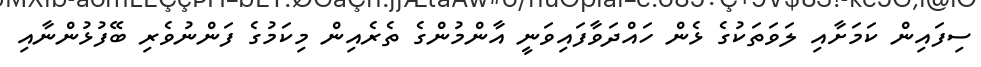
ސިފައިން ކަމަށާއި ލަވަތަކުގެ ޅެން ހައްދަވާފައިވަނީ އާންމުންގެ ތެރެއިން މިކަމުގެ ފަންނުވެރި ބޭފުޅުންނާއި